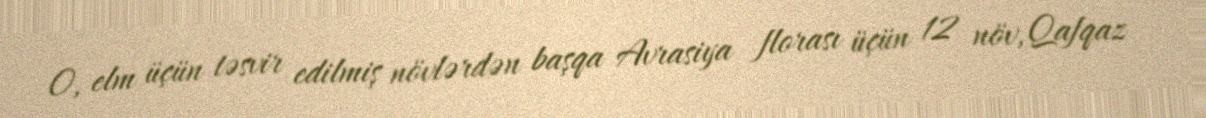
O, elm üçün təsvir edilmiş növlərdən başqa Avrasiya florası üçün 12 növ, Qafqaz